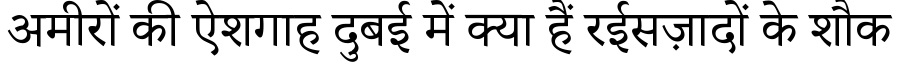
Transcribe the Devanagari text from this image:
अमीरों की ऐशगाह दुबई में क्या हैं रईसज़ादों के शौक